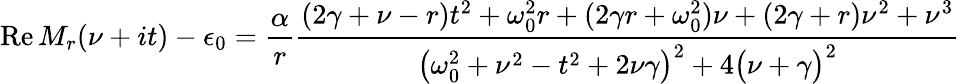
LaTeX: \operatorname{Re}M_{r}(\nu+it)-\epsilon_{0}=\frac{\alpha}{r}\frac{(2\gamma+\nu-r)t^{2}+\omega_{0}^{2}r+(2\gamma r+\omega_{0}^{2})\nu+(2\gamma+r)\nu^{2}+\nu^{3}}{\bigl(\omega_{0}^{2}+\nu^{2}-t^{2}+2\nu\gamma\bigr)^{2}+4\bigl(\nu+\gamma\bigr)^{2}}